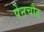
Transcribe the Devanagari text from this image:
पेनचौड